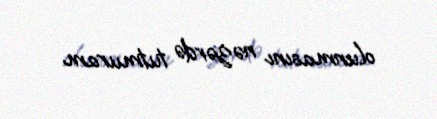
olunmasını nəzərdə tutmuram.